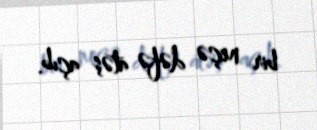
bir neçə dəfə atəş açıb.